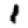
Digit: 1